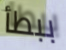
ببطأ